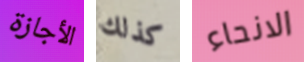
الأجازة كذلك الانحاء